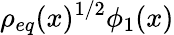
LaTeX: \rho_{eq}(x)^{1/2}\phi_{1}(x)